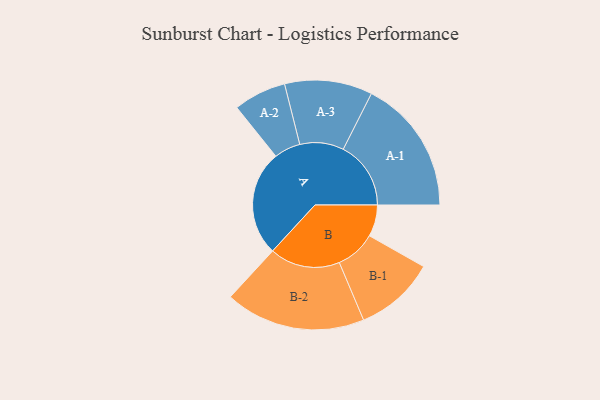
{"axis": {"x": "Segment", "y": "Value"}, "legend": ["", "A", "B"], "data": [{"x": "A", "y": 404, "type": ""}, {"x": "B", "y": 121, "type": ""}, {"x": "A-1", "y": 259, "type": "A"}, {"x": "A-2", "y": 101, "type": "A"}, {"x": "A-3", "y": 168, "type": "A"}, {"x": "B-1", "y": 154, "type": "B"}, {"x": "B-2", "y": 269, "type": "B"}]}